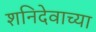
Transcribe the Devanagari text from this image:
शनिदेवाच्या